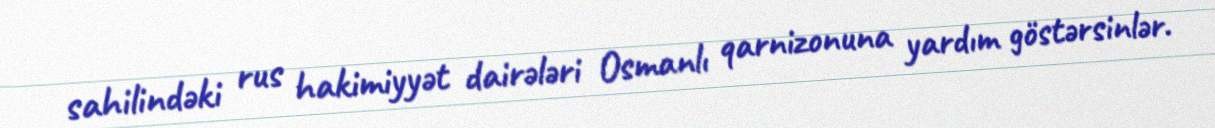
sahilindəki rus hakimiyyət dairələri Osmanlı qarnizonuna yardım göstərsinlər.